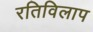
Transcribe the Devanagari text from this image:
रतिविलाप